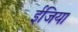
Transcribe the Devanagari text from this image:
ईजिया